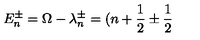
E _ { n } ^ { \pm } = \Omega - \lambda _ { n } ^ { \pm } = ( n + \frac { 1 } { 2 } \pm \frac { 1 } { 2 }